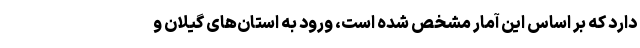
دارد که بر اساس این آمار مشخص شده است، ورود به استان‌های گیلان و